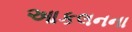
આકલનના